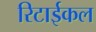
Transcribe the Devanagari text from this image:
रिटाईकल